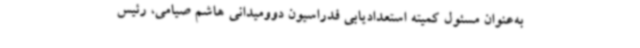
به‌عنوان مسئول کمیته استعدادیابی فدراسیون دوومیدانی هاشم صیامی، رئیس